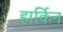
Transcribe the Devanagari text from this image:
हार्किन